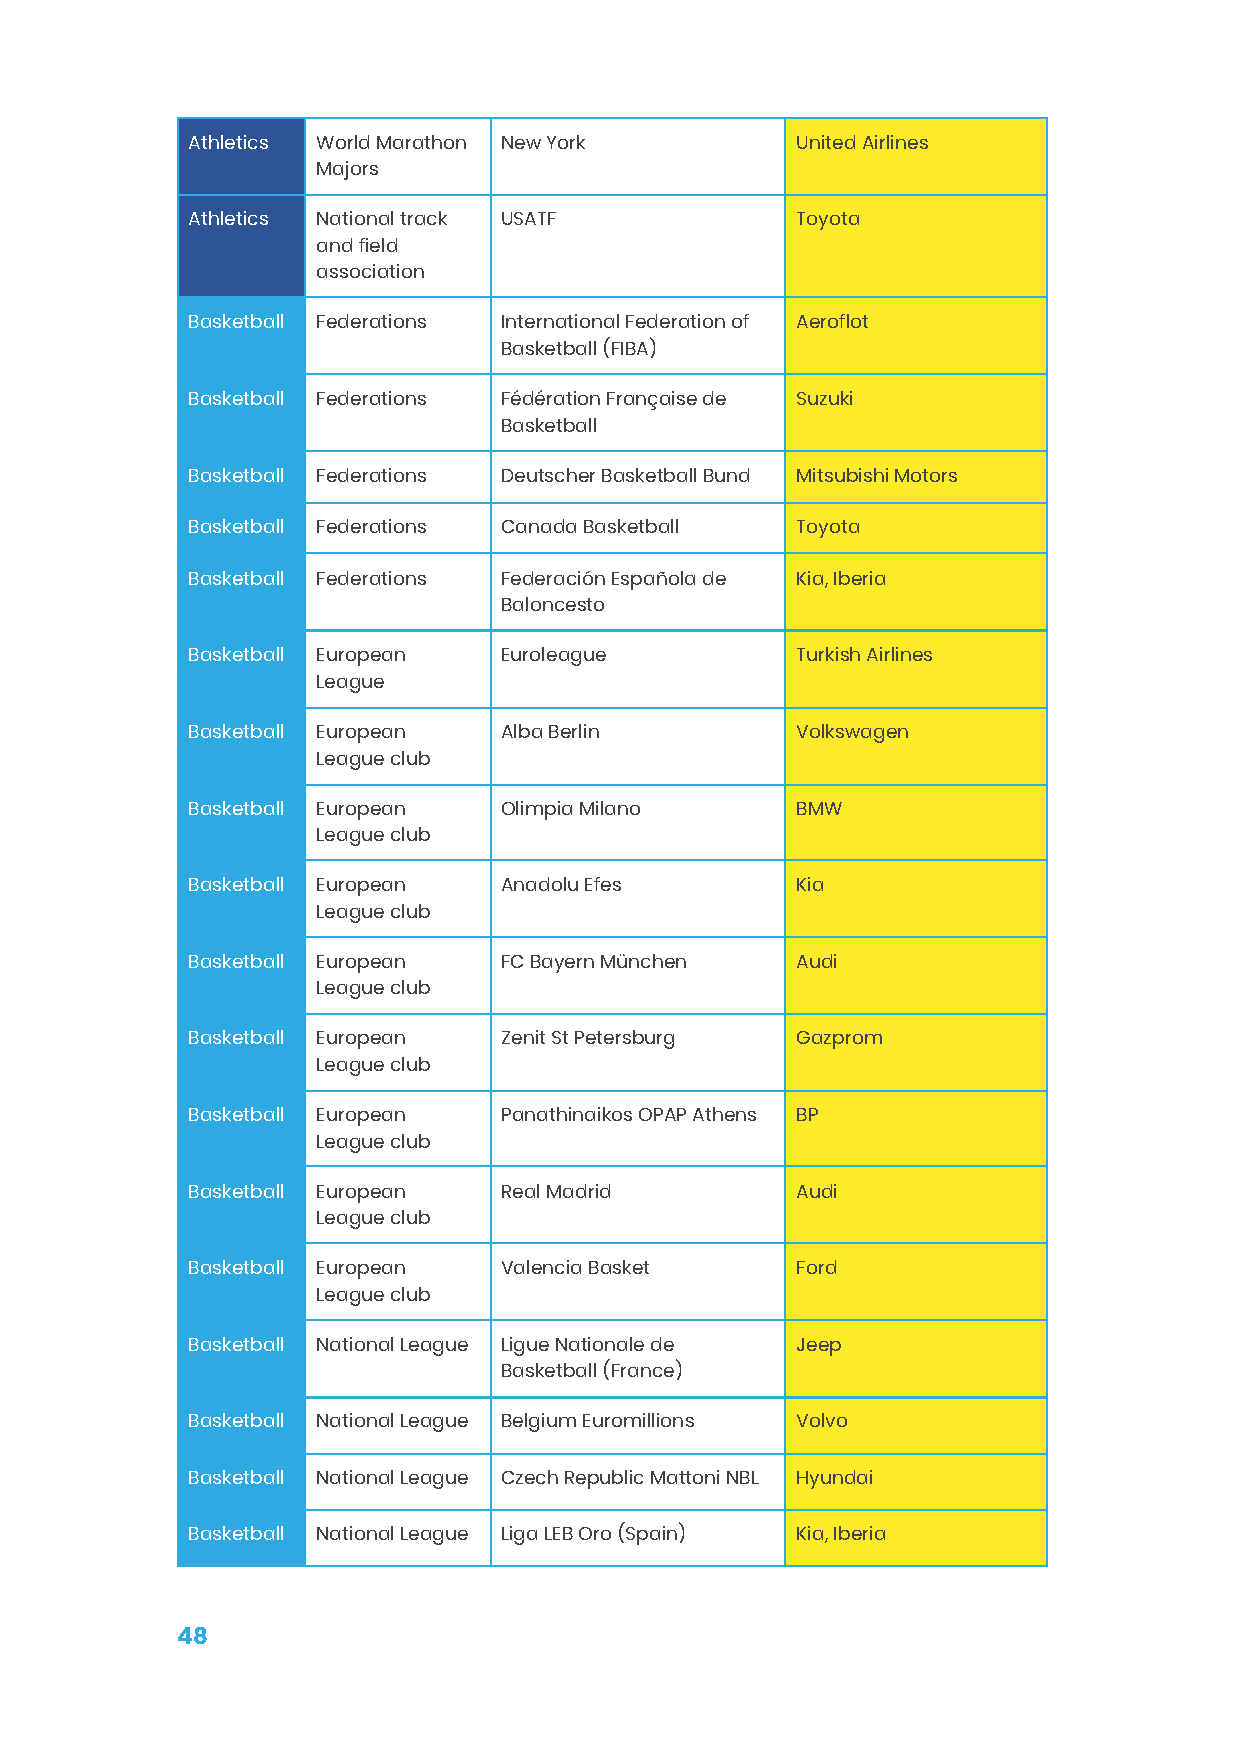
Athletics World Marathon New York        United Airlines
 Majors
 Athletics National track USATF           Toyota
 and field
 association
 Basketball Federations International Federation of Aeroflot
 Basketball (FIBA)
 Basketball Federations Fédération Française de Suzuki
 Basketball
 Basketball Federations Deutscher Basketball Bund Mitsubishi Motors
 Basketball Federations Canada Basketball Toyota
 Basketball Federations Federación Española de Kia, Iberia
 Baloncesto
 Basketball European  Euroleague          Turkish Airlines
 League
 Basketball European  Alba Berlin         Volkswagen
 League club
 Basketball European  Olimpia Milano      BMW
 League club
 Basketball European  Anadolu Efes        Kia
 League club
 Basketball European  FC Bayern München   Audi
 League club
 Basketball European  Zenit St Petersburg Gazprom
 League club
 Basketball European  Panathinaikos OPAP Athens BP
 League club
 Basketball European  Real Madrid         Audi
 League club
 Basketball European  Valencia Basket     Ford
 League club
 Basketball National League Ligue Nationale de Jeep
 Basketball (France)
 Basketball National League Belgium Euromillions Volvo
 Basketball National League Czech Republic Mattoni NBL Hyundai
 Basketball National League Liga LEB Oro (Spain) Kia, Iberia
 48